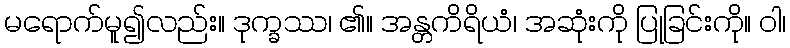
မရောက်မူ၍လည်း။ ဒုက္ခဿ၊ ၏။ အန္တကိရိယံ၊ အဆုံးကို ပြုခြင်းကို။ ဝါ၊